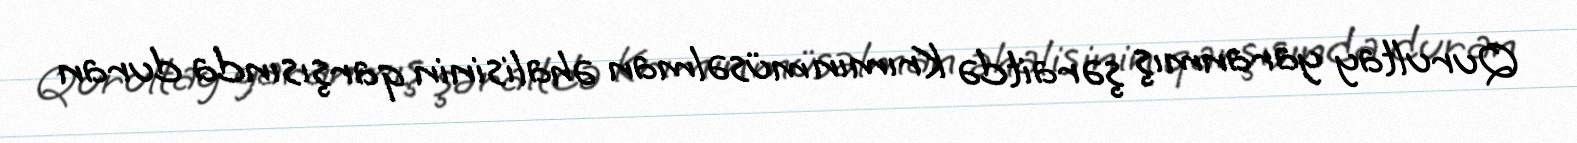
Qurultay yaranmış şəraitdə Krımın müsəlman əhalisinin qarşısında duran